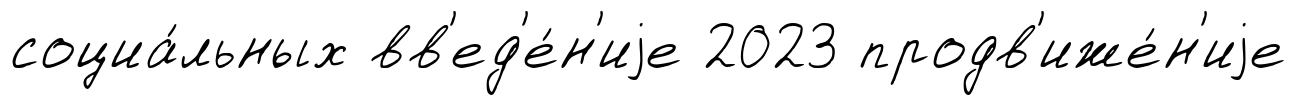
социа́льных вв'ед'е́н'иjе 2023 продв'иже́н'иjе